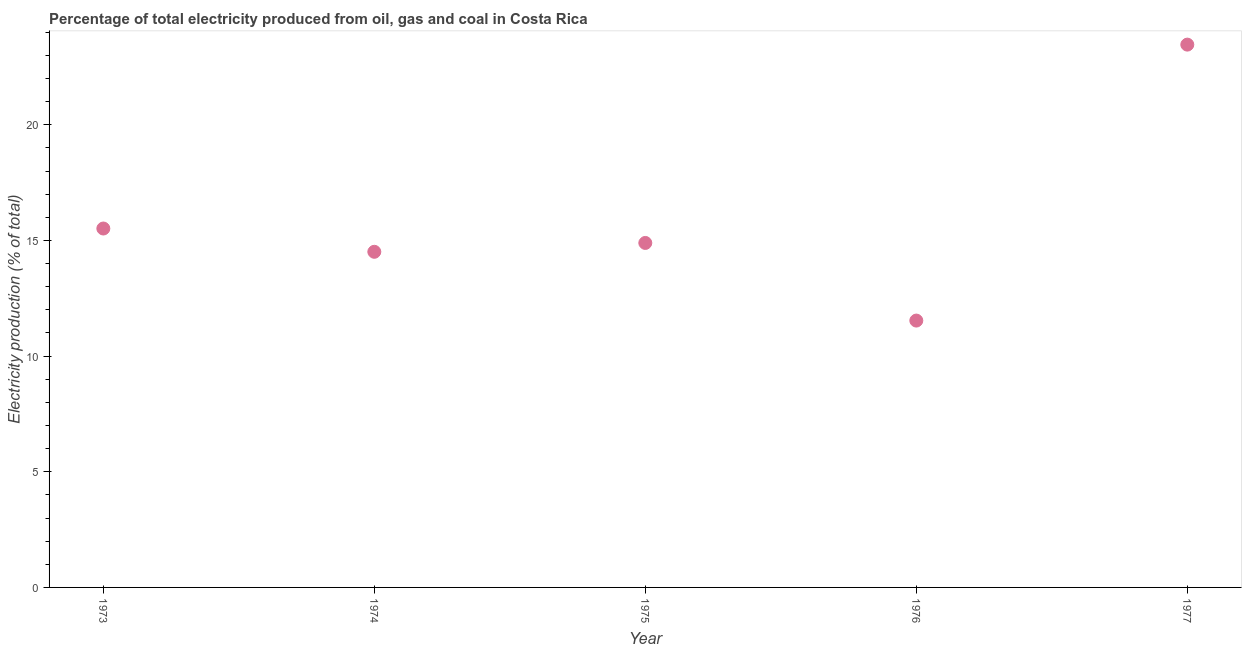
| Year | Electricity production |
 | --- | --- |
 | 1973 | 15.5 |
 | 1974 | 14.5 |
 | 1975 | 14.9 |
 | 1976 | 11.5 |
 | 1977 | 23.5 |